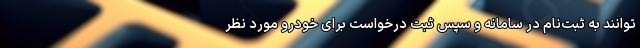
توانند به ثبت‌نام در سامانه و سپس ثبت درخواست برای خودرو مورد نظر